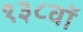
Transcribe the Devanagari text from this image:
१३८वॉ